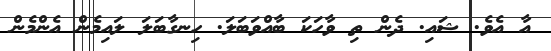
އާ އެވެ. ޝައި. ދެން ތި ވާހަކަ ބާއްވަބަލަ. ހިނގާބަލަ ލައިމެން އެންމެން